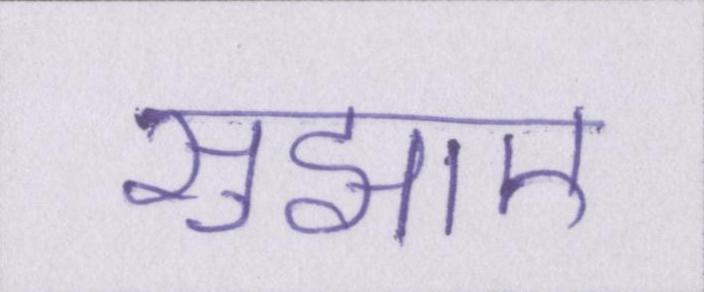
सुझाए